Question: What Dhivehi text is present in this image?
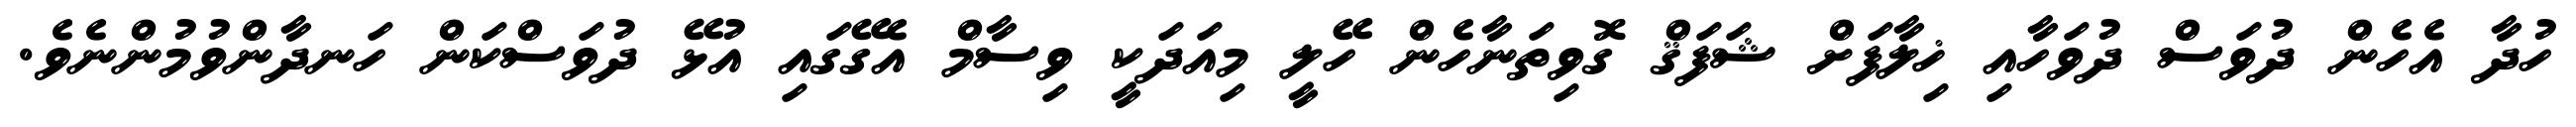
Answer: ހުދާ އެހެން ދުވަސް ދުވަހާއި ޚިލާފަށް ޝަފަޤް ގޮވިތަނާހެން ހޭލީ މިއަދަކީ ވިސާމް އެގޭގައި އުޅޭ ދުވަސްކަން ހަނދާންވުމުންނެވެ.